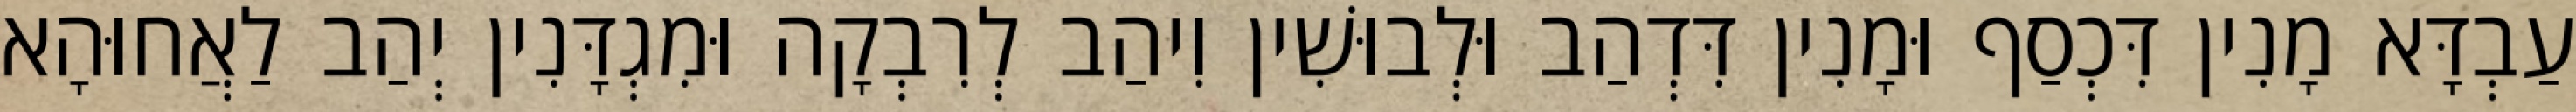
עַבְדָּא מָנִין דִּכְסַף וּמָנִין דִּדְהַב וּלְבוּשִׁין וִיהַב לְרִבְקָה וּמִגְדָּנִין יְהַב לַאֲחוּהָא